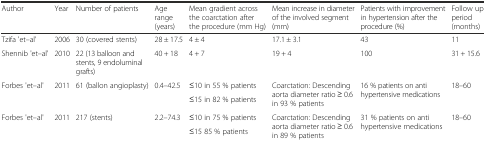
<table><thead><tr><td><b>Author</b></td><td><b>Year</b></td><td><b>Number of patients</b></td><td><b>Age range (years)</b></td><td><b>Mean gradient across the coarctation after the procedure (mm Hg)</b></td><td><b>Mean increase in diameter of the involved segment (mm)</b></td><td><b>Patients with improvement in hypertension after the procedure (%)</b></td><td><b>Follow up period (months)</b></td></tr></thead><tbody><tr><td>Tzifa &#x27;et–al&#x27;</td><td>2006</td><td>30 (covered stents)</td><td>28 ± 17.5</td><td>4 ± 4</td><td>17.1 ± 3.1</td><td>43</td><td>11</td></tr><tr><td>Shennib &#x27;et–al&#x27;</td><td>2010</td><td>22 (13 balloon and stents, 9 endoluminal grafts)</td><td>40 + 18</td><td>4 + 7</td><td>19 + 4</td><td>100</td><td>31 + 15.6</td></tr><tr><td rowspan="2">Forbes &#x27;et–al&#x27;</td><td rowspan="2">2011</td><td rowspan="2">61 (ballon angioplasty)</td><td rowspan="2">0.4–42.5</td><td>≤10 in 55 % patients</td><td rowspan="2">Coarctation: Descending aorta diameter ratio ≥ 0.6 in 93 % patients</td><td rowspan="2">16 % patients on anti hypertensive medications</td><td rowspan="2">18–60</td></tr><tr><td>≤15 in 82 % patients</td></tr><tr><td rowspan="2">Forbes &#x27;et–al&#x27;</td><td rowspan="2">2011</td><td rowspan="2">217 (stents)</td><td rowspan="2">2.2–74.3</td><td>≤10 in 75 % patients</td><td rowspan="2">Coarctation: Descending aorta diameter ratio ≥ 0.6 in 89 % patients</td><td rowspan="2">31 % patients on anti hypertensive medications</td><td rowspan="2">18–60</td></tr><tr><td>≤15 85 % patients</td></tr></tbody></table>